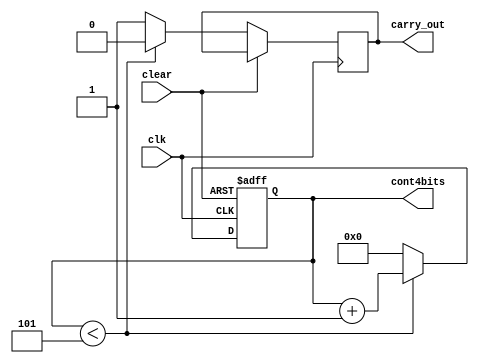
module contador_0a5(clk,clear,cont4bits,carry_out);

input clk;
input clear;
output reg[3:0] cont4bits;
output reg carry_out;

always @(posedge clk or posedge clear)
begin
	if(clear == 1'b1)begin
		cont4bits[3:0] = 4'b0000;
	end
	else begin
		if(cont4bits[3:0] < 4'b0101)begin
			cont4bits[3:0] = cont4bits[3:0] + 1;
			carry_out = 0;
		end
		else begin
			cont4bits[3:0] = 4'b0000;
			carry_out = 1;
		end
	end
end


endmodule